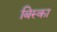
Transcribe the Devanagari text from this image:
बिस्का